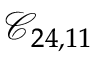
\mathcal { C } _ { 2 4 , 1 1 }